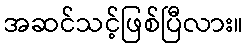
အဆင်သင့်ဖြစ်ပြီလား။